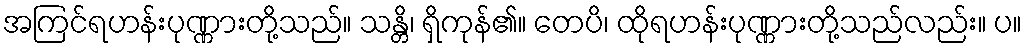
အကြင်ရဟန်းပုဏ္ဏားတို့သည်။ သန္တိ၊ ရှိကုန်၏။ တေပိ၊ ထိုရဟန်းပုဏ္ဏားတို့သည်လည်း။ ပ။